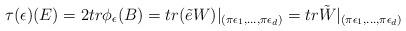
LaTeX: \begin{align*}\tau(\epsilon) (E) = 2tr \phi_{\epsilon}(B) = tr (\tilde e W) |_{(\pi \epsilon_{1}, \dots, \pi \epsilon_{d})} = tr \tilde W |_{(\pi \epsilon_{1}, \dots, \pi \epsilon_{d})}\end{align*}